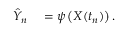
\begin{array} { r l } { \hat { Y } _ { n } } & { { } = \psi \left( X ( t _ { n } ) \right) . } \end{array}